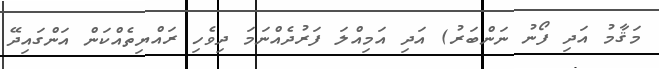
މަޤާމު އަދި ފޯނު ނަންބަރު) އަދި އަމިއްލަ ފަރުދެއްނަމަ ދިވެހި ރައްޔިތެއްކަން އަންގައިދޭ